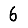
Digit: 6